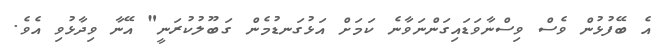
އެ ބޭފުޅުން ވެސް ވިސްނާވަޑައިގަންނަވާނެ ކަމަށް އަޅުގަނޑުމެން ގަބޫލުކުރަނީ" އޭނާ ވިދާޅުވި އެވެ.